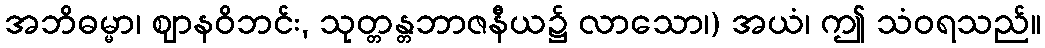
အဘိဓမ္မာ၊ ဈာနဝိဘင်း, သုတ္တန္တဘာဇနီယ၌ လာသော၊) အယံ၊ ဤ သံဝရသည်။